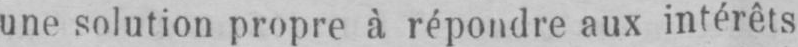
une solution propre à répondre aux intérêts